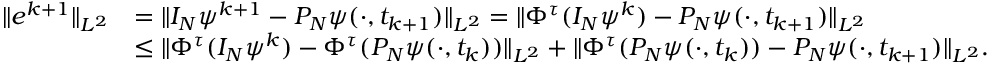
\begin{array} { r l } { \| e ^ { k + 1 } \| _ { L ^ { 2 } } } & { = \| I _ { N } \psi ^ { k + 1 } - P _ { N } \psi ( \cdot , t _ { k + 1 } ) \| _ { L ^ { 2 } } = \| \Phi ^ { \tau } ( I _ { N } \psi ^ { k } ) - P _ { N } \psi ( \cdot , t _ { k + 1 } ) \| _ { L ^ { 2 } } } \\ & { \leq \| \Phi ^ { \tau } ( I _ { N } \psi ^ { k } ) - \Phi ^ { \tau } ( P _ { N } \psi ( \cdot , t _ { k } ) ) \| _ { L ^ { 2 } } + \| \Phi ^ { \tau } ( P _ { N } \psi ( \cdot , t _ { k } ) ) - P _ { N } \psi ( \cdot , t _ { k + 1 } ) \| _ { L ^ { 2 } } . } \end{array}